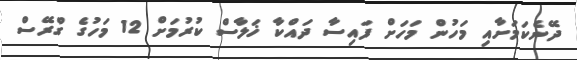
ދޭނެކަމަށާއި މަހުން މަހަށް ފައިސާ ދައްކާ ޚަލާސް ކުރުމަށް 12 މަހުގެ ގްރޭސް